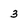
Character: 3